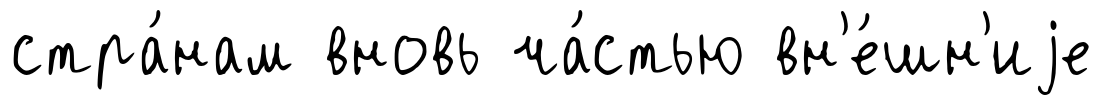
стра́нам вновь ча́стью вн'е́шн'иjе